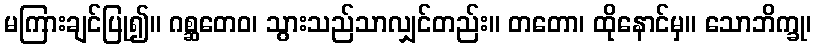
မကြားချင်ပြု၍။ ဂစ္ဆတေဝ၊ သွားသည်သာလျှင်တည်း။ တတော၊ ထိုနောင်မှ။ သောဘိက္ခု၊